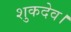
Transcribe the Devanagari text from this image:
शुकदेव।